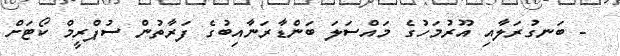
- ބަނގުރަލާއި އޫރުމަހުގެ މައްސަލަ ބަންޑާރަނާއިބުގެ ފަރާތުން ސުޕްރީމް ކޯޓަށް